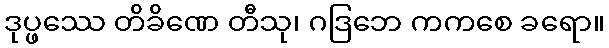
ဒုပ္ဖဿေ တိခိဏေ တီသု၊ ဂဒြဘေ ကကစေ ခရော။